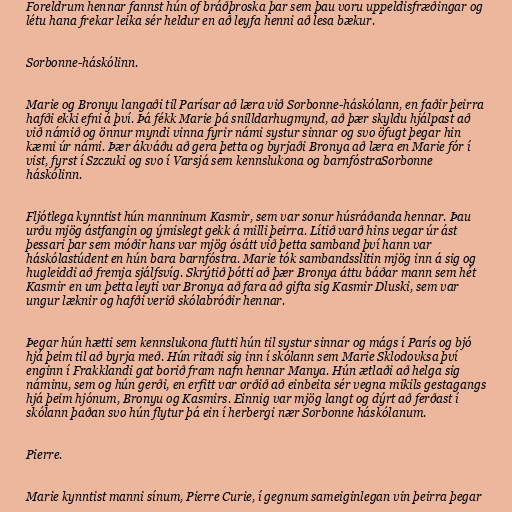
Foreldrum hennar fannst hún of bráðþroska þar sem þau voru uppeldisfræðingar og
létu hana frekar leika sér heldur en að leyfa henni að lesa bækur.

Sorbonne-háskólinn.

Marie og Bronyu langaði til Parísar að læra við Sorbonne-háskólann, en faðir þeirra
hafði ekki efni á því. Þá fékk Marie þá snilldarhugmynd, að þær skyldu hjálpast að
við námið og önnur myndi vinna fyrir námi systur sinnar og svo öfugt þegar hin
kæmi úr námi. Þær ákváðu að gera þetta og byrjaði Bronya að læra en Marie fór í
vist, fyrst í Szczuki og svo í Varsjá sem kennslukona og barnfóstraSorbonne
háskólinn.

Fljótlega kynntist hún manninum Kasmir, sem var sonur húsráðanda hennar. Þau
urðu mjög ástfangin og ýmislegt gekk á milli þeirra. Lítið varð hins vegar úr ást
þessari þar sem móðir hans var mjög ósátt við þetta samband því hann var
háskólastúdent en hún bara barnfóstra. Marie tók sambandsslitin mjög inn á sig og
hugleiddi að fremja sjálfsvíg. Skrýtið þótti að þær Bronya áttu báðar mann sem hét
Kasmir en um þetta leyti var Bronya að fara að gifta sig Kasmir Dluski, sem var
ungur læknir og hafði verið skólabróðir hennar.

Þegar hún hætti sem kennslukona flutti hún til systur sinnar og mágs í París og bjó
hjá þeim til að byrja með. Hún ritaði sig inn í skólann sem Marie Sklodovksa því
enginn í Frakklandi gat borið fram nafn hennar Manya. Hún ætlaði að helga sig
náminu, sem og hún gerði, en erfitt var orðið að einbeita sér vegna mikils gestagangs
hjá þeim hjónum, Bronyu og Kasmirs. Einnig var mjög langt og dýrt að ferðast í
skólann þaðan svo hún flytur þá ein í herbergi nær Sorbonne háskólanum.

Pierre.

Marie kynntist manni sínum, Pierre Curie, í gegnum sameiginlegan vin þeirra þegar